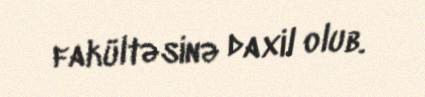
fakültəsinə daxil olub.